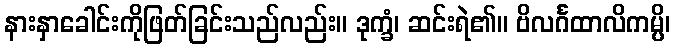
နားနှာခေါင်းကိုဖြတ်ခြင်းသည်လည်း။ ဒုက္ခံ၊ ဆင်းရဲ၏။ ဗိလင်္ဂထာလိကမ္ပိ၊